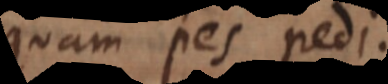
quam pes pedi.